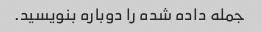
جمله داده شده را دوباره بنویسید.